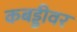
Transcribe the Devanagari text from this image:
कबड्डीवर